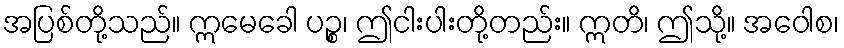
အပြစ်တို့သည်။ ဣမေခေါ ပဉ္စ၊ ဤငါးပါးတို့တည်း။ ဣတိ၊ ဤသို့။ အဝေါစ၊